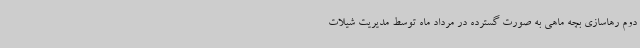
دوم رهاسازی بچه ماهی به صورت گسترده در مرداد ماه توسط مدیریت شیلات